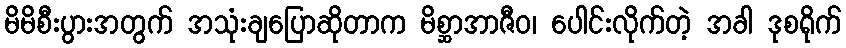
မိမိစီးပွားအတွက် အသုံးချပြောဆိုတာက မိစ္ဆာအာဇီဝ၊ ပေါင်းလိုက်တဲ့ အခါ ဒုစရိုက်